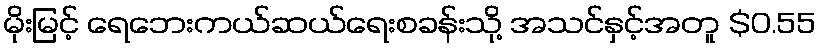
မိုးမြင့် ရေဘေးကယ်ဆယ်ရေးစခန်းသို့ အသင်နှင့်အတူ $0.55